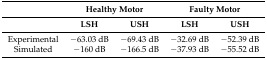
|  | <COLSPAN=2> Healthy Motor | <COLSPAN=2> Faulty Motor |
 |  | LSH | USH | LSH | USH |
 | --- | --- | --- | --- | --- |
 | Experimental | −63.03 dB | −69.43 dB | −32.69 dB | −52.39 dB |
 | Simulated | −160 dB | −166.5 dB | −37.93 dB | −55.52 dB |